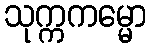
သုက္ကကမ္မော